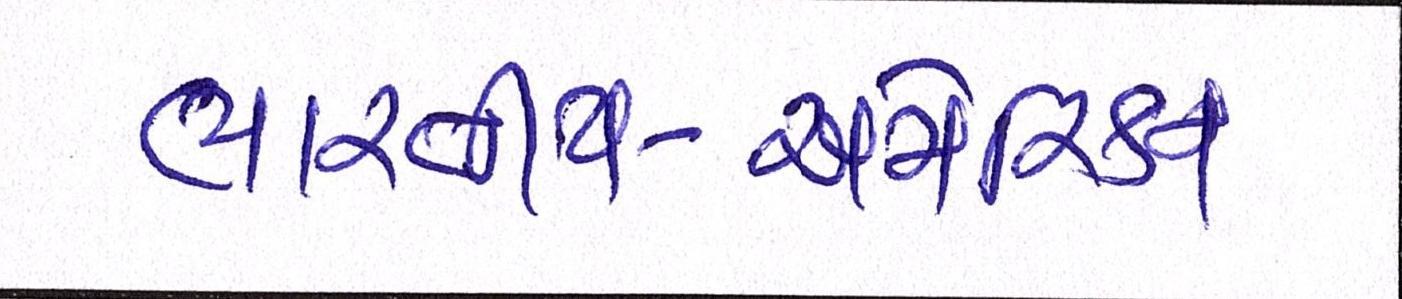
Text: ભારતીય-અમેરિકન